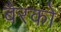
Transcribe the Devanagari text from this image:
बैरको